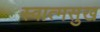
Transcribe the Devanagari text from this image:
स्वात्मसुख